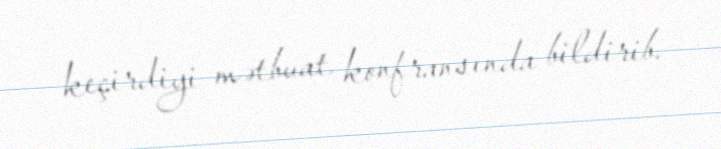
keçirdiyi mətbuat konfransında bildirib.